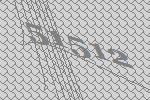
51512